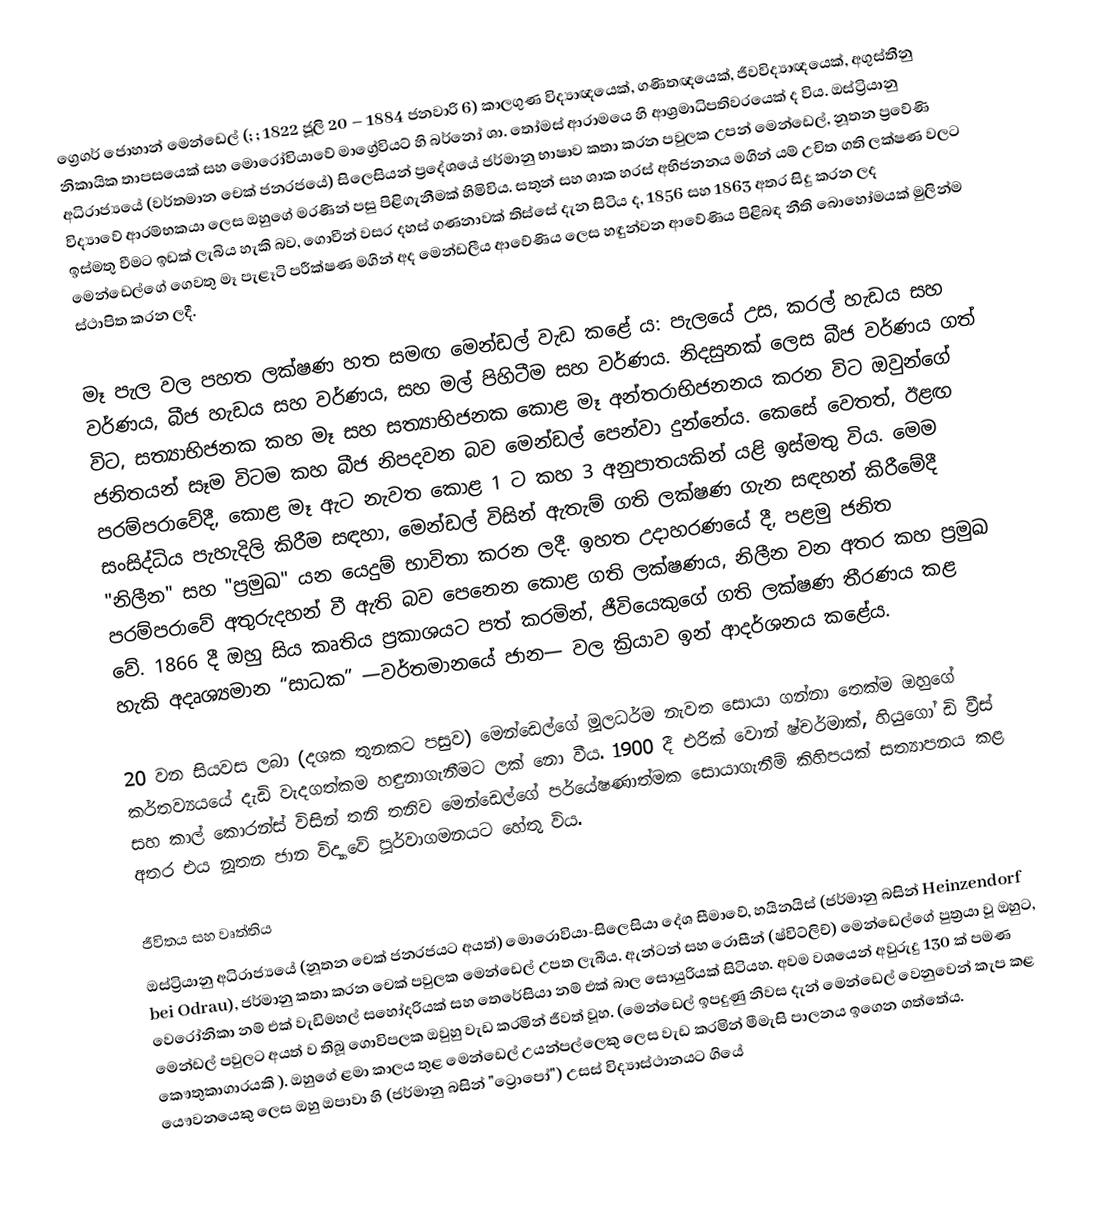
ග්‍රෙගර් ජොහාන් මෙන්ඩෙල් (; ; 1822 ජූලි 20 – 1884 ජනවාරි 6) කාලගුණ විද්‍යාඥයෙක්, ගණිතඥයෙක්, ජීවවිද්‍යාඥයෙක්, අගුස්තීනු නිකායික තාපසයෙක් සහ මොරෝවියාවේ මාග්‍රේවියට් හි බර්නෝ ශා. තෝමස් ආරාමයෙ හි ආශ්‍රමාධිපතිවරයෙක් ද විය. ඔස්ට්‍රියානු අධිරාජ්‍යයේ (වර්තමාන චෙක් ජනරජයේ) සිලෙසියන් ප්‍රදේශයේ ජර්මානු භාෂාව කතා කරන පවුලක උපන් මෙන්ඩෙල්, නූතන ප්‍රවේණි විද්‍යාවේ ආරම්භකයා ලෙස ඔහුගේ මරණින් පසු පිළිගැනීමක් හිමිවිය. සතුන් සහ ශාක හරස් අභිජනනය මගින් යම් උචිත ගති ලක්ෂණ වලට ඉස්මතු වීමට ඉඩක් ලැබිය හැකි බව, ගොවීන් වසර දහස් ගණනාවක් තිස්සේ දැන සිටිය ද, 1856 සහ 1863 අතර සිදු කරන ලද මෙන්ඩෙල්ගේ ගෙවතු මෑ පැළෑටි පරීක්ෂණ මගින් අද මෙන්ඩලීය ආවේණිය ලෙස හඳුන්වන ආවේණිය පිළිබඳ නීති බොහෝමයක් මුලින්ම ස්ථාපිත කරන ලදී.

මෑ පැල වල පහත ලක්ෂණ හත සමඟ මෙන්ඩල් වැඩ කළේ ය: පැලයේ උස, කරල් හැඩය සහ වර්ණය, බීජ හැඩය සහ වර්ණය, සහ මල් පිහිටීම සහ වර්ණය. නිදසුනක් ලෙස බීජ වර්ණය ගත් විට, සත්‍යාභිජනක කහ මෑ සහ සත්‍යාභිජනක කොළ මෑ අන්තරාභිජනනය කරන විට ඔවුන්ගේ ජනිතයන් සෑම විටම කහ බීජ නිපදවන බව මෙන්ඩල් පෙන්වා දුන්නේය. කෙසේ වෙතත්, ඊළඟ පරම්පරාවේදී, කොළ මෑ ඇට නැවත කොළ 1 ට කහ 3 අනුපාතයකින් යළි ඉස්මතු විය. මෙම සංසිද්ධිය පැහැදිලි කිරීම සඳහා, මෙන්ඩල් විසින් ඇතැම් ගති ලක්ෂණ ගැන සඳහන් කිරීමේදී "නිලීන" සහ "ප්‍රමුඛ" යන යෙදුම් භාවිතා කරන ලදී. ඉහත උදාහරණයේ දී, පළමු ජනිත පරම්පරාවේ අතුරුදහන් වී ඇති බව පෙනෙන කොළ ගති ලක්ෂණය, නිලීන වන අතර කහ ප්‍රමුඛ වේ. 1866 දී ඔහු සිය කෘතිය ප්‍රකාශයට පත් කරමින්, ජීවියෙකුගේ ගති ලක්ෂණ තීරණය කළ හැකි අදෘශ්‍යමාන “සාධක” —වර්තමානයේ ජාන— වල ක්‍රියාව ඉන් ආදර්ශනය කළේය.

20 වන සියවස ලබා (දශක තුනකට පසුව) මෙන්ඩෙල්ගේ මූලධර්ම නැවත සොයා ගන්නා තෙක්ම ඔහුගේ කර්තව්‍යයයේ දැඩි වැදගත්කම හඳුනාගැනීමට ලක් නො වීය. 1900 දී එරික් වොන් ෂ්චර්මාක්, හියුගෝ ඩි ව්‍රීස් සහ කාල් කොරන්ස් විසින් තනි තනිව මෙන්ඩෙල්ගේ පර්යේෂණාත්මක සොයාගැනීම් කිහිපයක් සත්‍යාපනය කළ අතර එය නූතන ජාන විද්‍යාවේ පූර්වාගමනයට හේතු විය.

ජීවිතය සහ වෘත්තිය
ඔස්ට්‍රියානු අධිරාජ්‍යයේ (නූතන චෙක් ජනරජයට අයත්) මොරොවියා-සිලෙසියා දේශ සීමාවේ, හයිනයිස් (ජර්මානු බසින් Heinzendorf bei Odrau), ජර්මානු කතා කරන චෙක් පවුලක මෙන්ඩෙල් උපත ලැබීය. ඇන්ටන් සහ රොසීන් (ෂ්විට්ලිච්) මෙන්ඩෙල්ගේ පුත්‍රයා වූ ඔහුට, වෙරෝනිකා නම් එක් වැඩිමහල් සහෝදරියක් සහ තෙරේසියා නම් එක් බාල සොයුරියක් සිටියහ. අවම වශයෙන් අවුරුදු 130 ක් පමණ මෙන්ඩල් පවුලට අයත් ව තිබූ ගොවිපලක ඔවුහු වැඩ කරමින් ජීවත් වූහ. (මෙන්ඩෙල් ඉපදුණු නිවස දැන් මෙන්ඩෙල් වෙනුවෙන් කැප කළ කෞතුකාගාරයකි ). ඔහුගේ ළමා කාලය තුළ මෙන්ඩෙල් උයන්පල්ලෙකු ලෙස වැඩ කරමින් මීමැසි පාලනය ඉගෙන ගත්තේය. යෞවනයෙකු ලෙස ඔහු ඔපාවා හි (ජර්මානු බසින් "ට්‍රොපෝ")  උසස් විද්‍යාස්ථානයට ගියේ